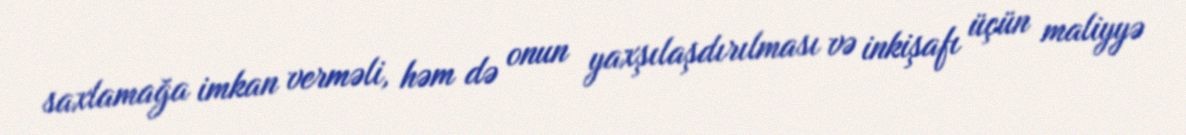
saxlamağa imkan verməli, həm də onun yaxşılaşdırılması və inkişafı üçün maliyyə